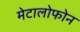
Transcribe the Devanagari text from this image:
मेटालोफोन